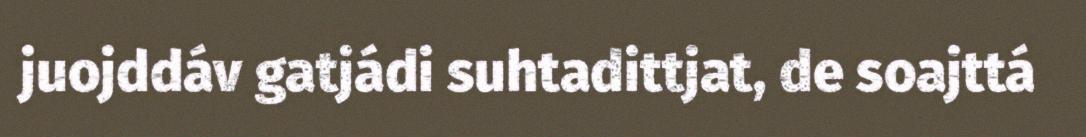
juojddáv gatjádi suhtadittjat, de soajttá